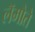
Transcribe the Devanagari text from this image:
लॅमोते